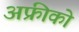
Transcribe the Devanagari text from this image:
अफ्रीको